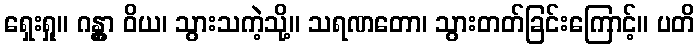
ရှေးရှု။ ဂန္တွာ ဝိယ၊ သွားသကဲ့သို့။ သရဏတော၊ သွားတတ်ခြင်းကြောင့်။ ပတိ